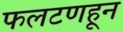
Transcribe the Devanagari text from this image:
फलटणहून